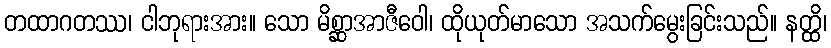
တထာဂတဿ၊ ငါဘုရားအား။ သော မိစ္ဆာအာဇီဝေါ၊ ထိုယုတ်မာသော အသက်မွေးခြင်းသည်။ နတ္ထိ၊